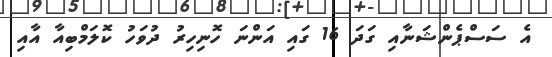
އެ ސަސްޕެންޝަނާއި ގަދަ 16 ގައި އަންނަ ހޮނިހިރު ދުވަހު ކޮލަމްބިއާ އާއި